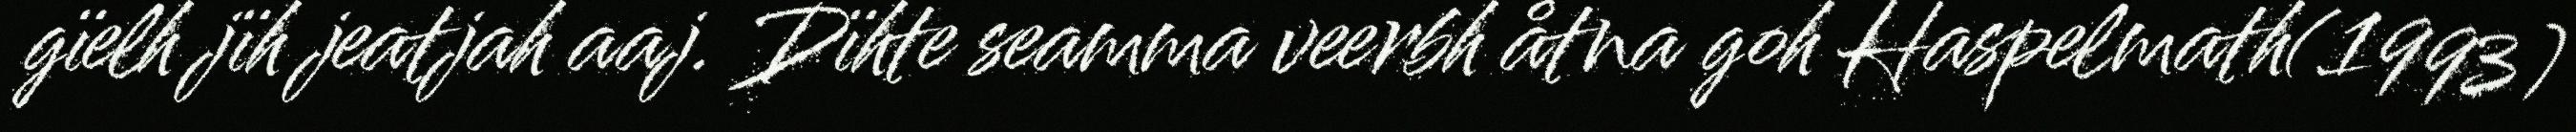
gïelh jïh jeatjah aaj. Dïhte seamma veerbh åtna goh Haspelmath(1993)